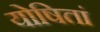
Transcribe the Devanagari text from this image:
योषितां